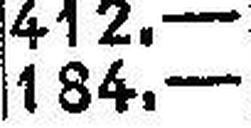
184.—